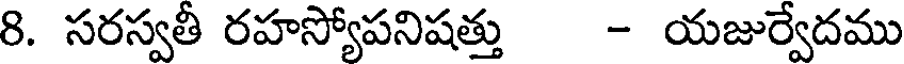
8. సరస్వతీ రహస్యోపనిషత్తు - యజుర్వేదము